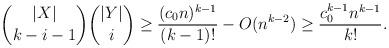
LaTeX: \begin{align*} \binom{|X|}{k-i-1} \binom{|Y|}{i} \ge \frac{(c_0 n)^{k-1}}{(k-1)!} - O(n^{k-2}) \ge \frac{c_0^{k-1} n^{k-1}}{k!}.\end{align*}